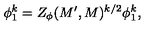
\phi _ { 1 } ^ { k } = Z _ { \phi } ( M ^ { \prime } , M ) ^ { k / 2 } \phi _ { 1 } ^ { k } ,